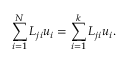
\sum _ { i = 1 } ^ { N } { \cal L } _ { j i } u _ { i } = \sum _ { i = 1 } ^ { k } { \cal L } _ { j i } u _ { i } .